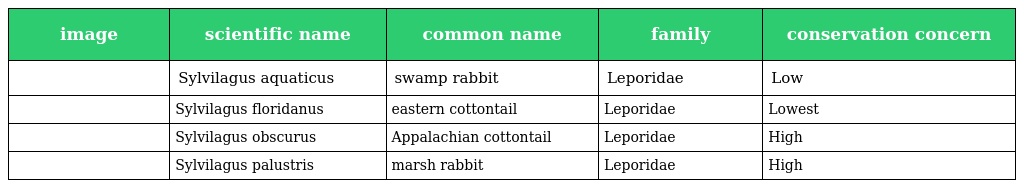
| image | scientific name | common name | family | conservation concern |
 | --- | --- | --- | --- | --- |
 |  | Sylvilagus aquaticus | swamp rabbit | Leporidae | Low |
 |  | Sylvilagus floridanus | eastern cottontail | Leporidae | Lowest |
 |  | Sylvilagus obscurus | Appalachian cottontail | Leporidae | High |
 |  | Sylvilagus palustris | marsh rabbit | Leporidae | High |